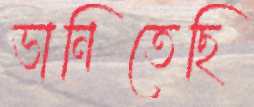
ভানিতেছি